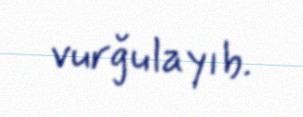
vurğulayıb.